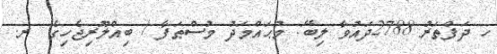
ހ ދަފްތަރު 2788ދައުވާ ލިބޭ: މުޙައްމަދު މުސްޠަފާ / ބިއްލޫރިޖެހިގެ  ރ.